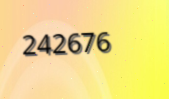
242676